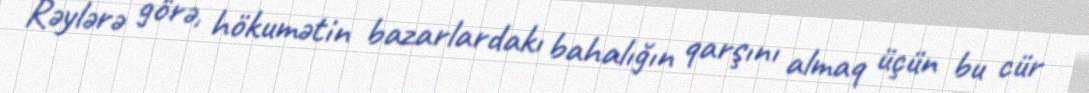
Rəylərə görə, hökumətin bazarlardakı bahalığın qarşını almaq üçün bu cür